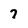
Character: 7